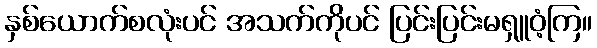
နှစ်ယောက်စလုံးပင် အသက်ကိုပင် ပြင်းပြင်းမရှူဝံ့ကြ။